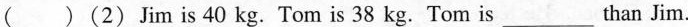
( ) (2) Jim is 40 kg. Tom is 38 kg. Tom is___than Jim.